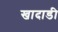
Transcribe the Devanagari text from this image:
खादाडी